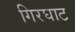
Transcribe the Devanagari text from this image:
गिरघाट